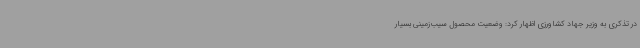
در تذکری به وزیر جهاد کشاورزی اظهار کرد: وضعیت محصول سیب‌زمینی بسیار